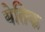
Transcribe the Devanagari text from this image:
येतिक